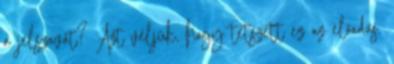
a jelszavát? Azt véljük, hogy tetszett ez az előadás.